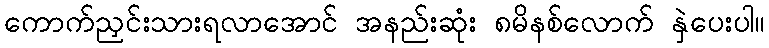
ကောက်ညှင်းသားရလာအောင် အနည်းဆုံး ၈မိနစ်လောက် နှဲပေးပါ။